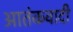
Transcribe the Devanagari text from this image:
आतंंकवादी